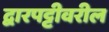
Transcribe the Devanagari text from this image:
द्वारपट्टीवरील